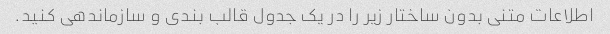
اطلاعات متنی بدون ساختار زیر را در یک جدول قالب بندی و سازماندهی کنید.